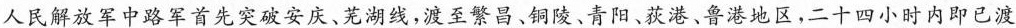
人民解放军中路军首先突破安庆、芜湖线，渡至繁昌、铜陵、青阳、获港、鲁港地区，二十四小时内即已渡